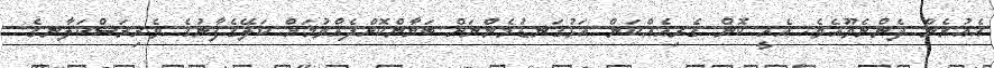
އެއުރެން ދެންނެވޫއެވެ. އެއީ ކޮން ގެރިއެއްކަން އަޅުގަނޑުމެންނަށް ބަޔާންކޮށްދެއްވުމަށް ކަލޭގެފާނުގެ ވެރިރަސްކަލާނގެ